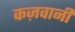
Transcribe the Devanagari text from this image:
कज़वानी